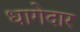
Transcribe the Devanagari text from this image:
धागेदार